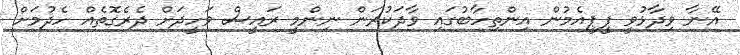
އޭނާ ވިދާޅުވީ ޕީޕީއެމުން އިންތިހާބުގައި ވާދަކުރަން ނިންމީ ރައީސް ވަހީދަށް ދެރެގޮތެއް ހެދުމަށް